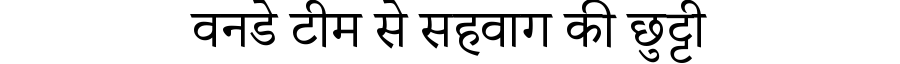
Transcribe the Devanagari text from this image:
वनडे टीम से सहवाग की छुट्टी